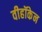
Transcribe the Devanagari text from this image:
वीहॉकेन